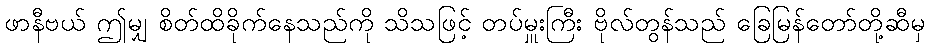
ဖာနီဗယ် ဤမျှ စိတ်ထိခိုက်နေသည်ကို သိသဖြင့် တပ်မှူးကြီး ဗိုလ်တွန်သည် ခြေမြန်တော်တို့ဆီမှ